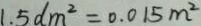
1 . 5 d m ^ { 2 } = 0 . 0 1 5 m ^ { 2 }